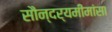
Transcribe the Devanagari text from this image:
सौन्दर्यमीमांसा